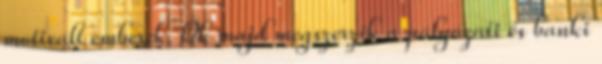
motivált emberek. Ôk majd megszerzik a pályázati és banki